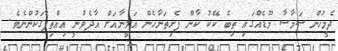
ދެމީހުން ސަމާސާ މޫޑެއްގައި ތިބެ ކޭކު ކާން ފެށިތަނާހެން އަލީނާއަށް އާދެވުނީ އިއްތިފާގަކުންނެވެ.